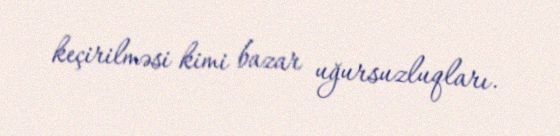
keçirilməsi kimi bazar uğursuzluqları.